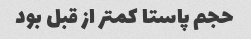
حجم پاستا کمتر از قبل بود